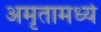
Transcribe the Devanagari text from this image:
अमृतामध्ये